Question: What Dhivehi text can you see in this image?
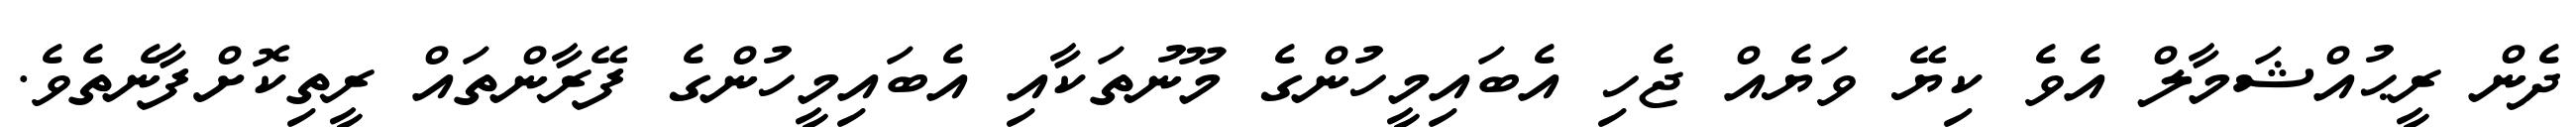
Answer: ދެން ރީޙުއްޝަމާލް އެވެ ކިޔޭ ވަޔެއް ޖެހި އެބައިމީހުންގެ މޫނުތަކާއި އެބައިމީހުންގެ ފޭރާންތައް ރީތިކޮށްފާނެތެވެ.